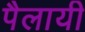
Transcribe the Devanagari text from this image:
पैलायी